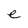
Character: e